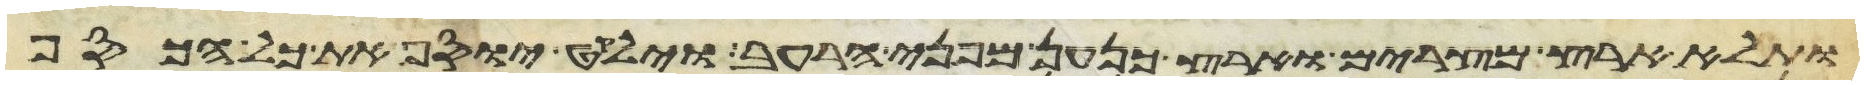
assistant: ותלא ארץ מצרים וארץ כנען מפני הרעב וילקט יוסף את כל הכסף